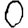
Digit: 0